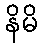
နိမိ